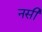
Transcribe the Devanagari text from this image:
नसी